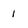
Character: 1